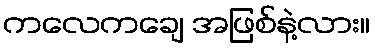
ကလေကချေ အဖြစ်နဲ့လား။